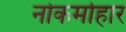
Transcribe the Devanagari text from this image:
नोकर्माहार